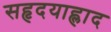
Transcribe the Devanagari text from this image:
सहृदयाह्लाद